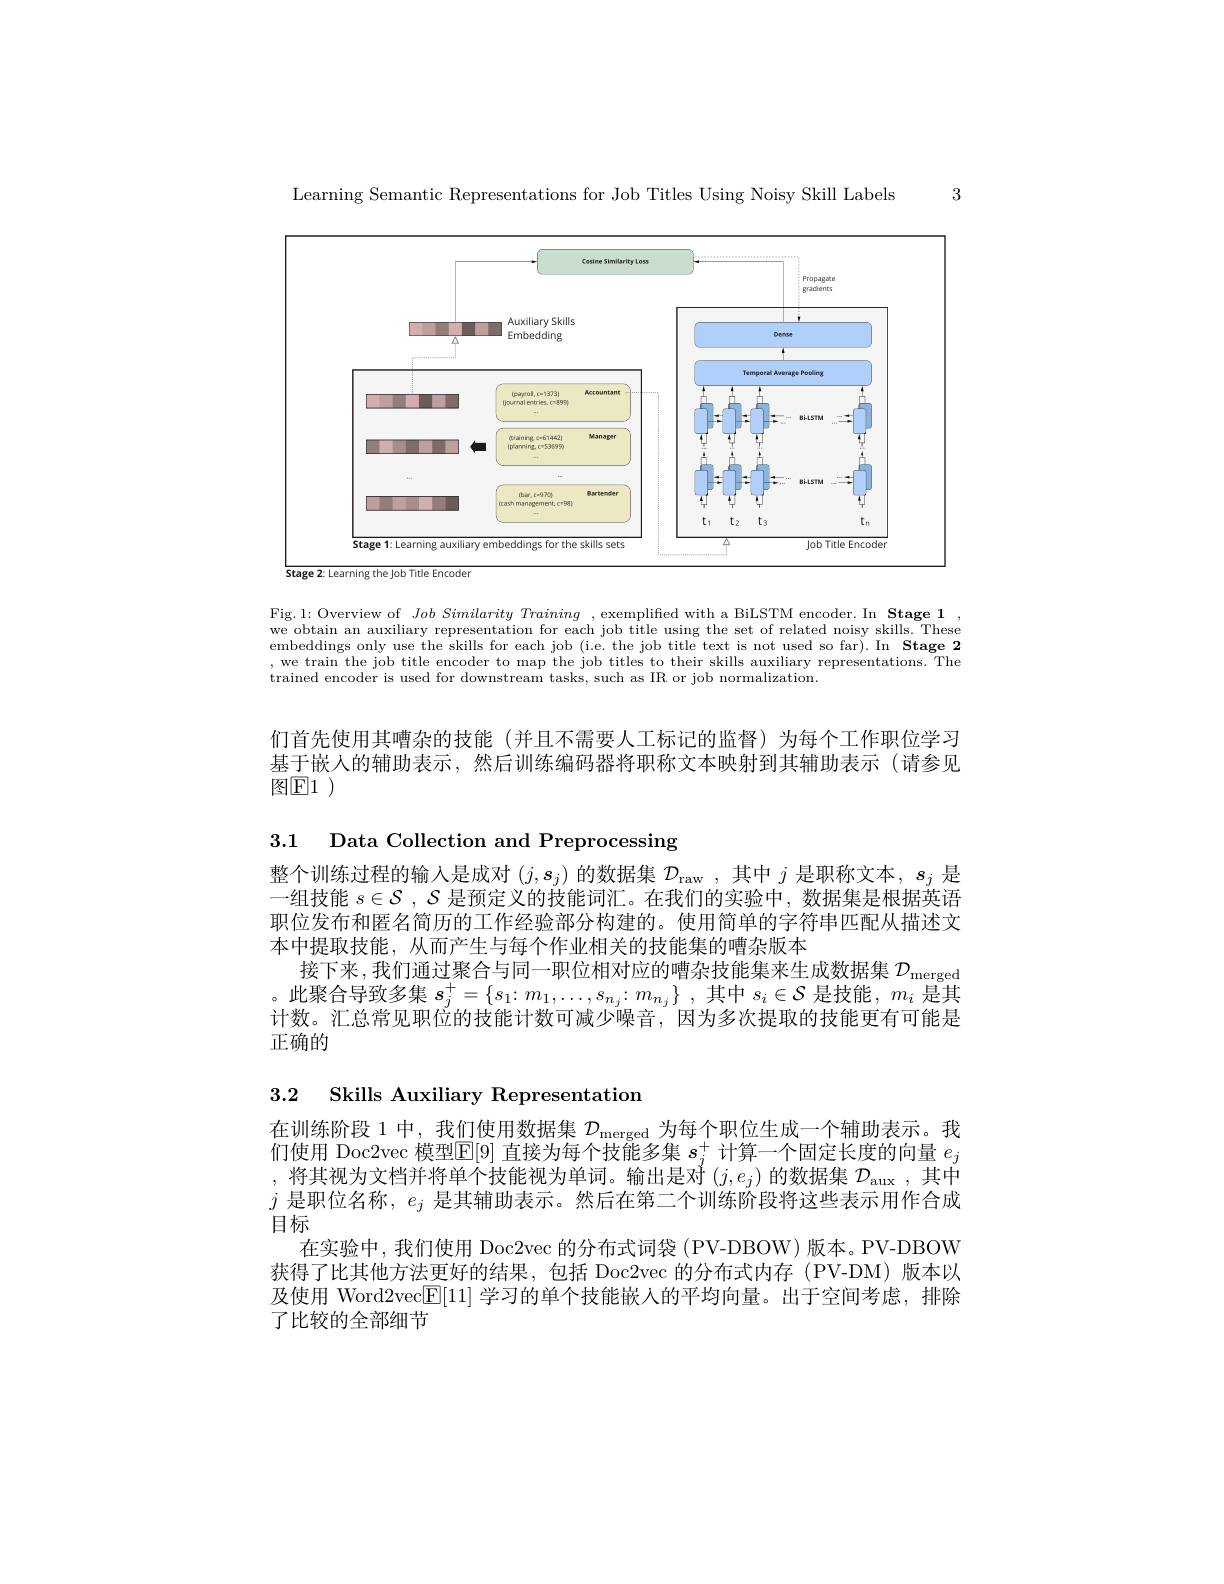
3

Learning Semantic Representations for Job Titles Using Noisy Skill Labels

<FigureHere>
Stage 2: Learning the Job Title Encoder

Fig.1: Overview of $Job\textit{Similarity Training , exemplified with a BiLSTM encoder. In Stage 1}$ we obtain an auxiliary representation for each job title using the set of related noisy skills. These embeddings only use the skills for each job (i.e. the job title text is not used so far). In Stage 2 ,we train the job title encoder to map the job titles to their skills auxiliary representations. The trained encoder is used for downstream tasks, such as IR or job normalization.

们首先使用其嘈杂的技能(并且不需要人工标记的监督)为每个工作职位学习基于嵌人的辅助表示，然后训练编码器将职称文本映射到其辅助表示(请参见$图E1$

3.1 Data Collection and Preprocessing

整个训练过程的输入是成对$(j,s_j)$的数据集$\mathcal{D}_\mathrm{raw}$,其中$j$是职称文本$,s_j$是一组技能$s\in \mathcal{S} , \dot {\mathcal{S} \text{ 是 预 定 义 的 技 能 词 汇 。在 我 们 的 实 验 中 , 数 据 集 是 根 据 英 语 }}$ 职位发布和匿名简历的工作经验部分构建的。使用简单的字符串匹配从描述文本中提取技能，从而产生与每个作业相关的技能集的嘈杂版本
接下来，我们通过聚合与同一职位相对应的嘈杂技能集来生成数据集$\mathcal{D}_\mathrm{merged}$ 。此聚合导致多集 $s_j^+=\{s_1:m_1,\ldots,s_{n_j}:m_{n_j}\}~,~$其中 $s_i\in\mathcal{S}~$是技能$,~m_i~$是其计数。汇总常见职位的技能计数可减少噪音，因为多次提取的技能更有可能是正确的

3.2 Skills Auxiliary Representation

在训练阶段 1 中，我们使用数据集$\mathcal{D}_\mathrm{merged}$为每个职位生成一个辅助表示。我们使用 Doc2vec 模型$\overline{\mathbb{E}}[9]$直接为每个技能多集$s_j^+$计算一个固定长度的向量$e_j$ ,将其视为文档并将单个技能视为单词。输出是对$(j,e_j)$的数据集$\mathcal{D}_\mathrm{aux}$,其中$j$是职位名称，$e_j$是其辅助表示。然后在第二个训练阶段将这些表示用作合成目标
在实验中，我们使用 Doc2vec 的分布式词袋 (PV-DBOW) 版本。PV-DBOW 获得了比其他方法更好的结果，包括 Doc2vec 的分布式内存(PV-DM)版本以及使用 Word2vec$\underline{\mathbb{E}}[11]$学习的单个技能嵌人的平均向量。出于空间考虑，排除了比较的全部细节